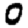
Digit: 0